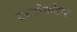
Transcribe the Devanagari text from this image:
झरोखेदार